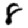
Digit: 8